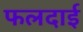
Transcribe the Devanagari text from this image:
फलदाई